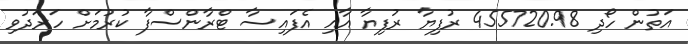
އަތުން ހޯދި 455720.98 ރުފިޔާ ރުފިޔާ އާއި އެފައިސާ ޓްރާންސްފާ ކުރުމަށް ހަރަދުވި